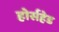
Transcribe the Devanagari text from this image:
होर्सहेड